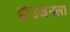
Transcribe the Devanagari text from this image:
हाउजनला